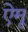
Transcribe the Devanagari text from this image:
ऐमू